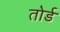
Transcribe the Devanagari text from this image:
तोर्ड